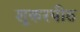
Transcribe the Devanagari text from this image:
शूकरपीठ